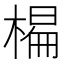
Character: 𣗨